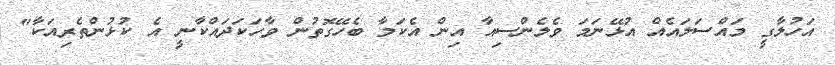
އަހުލާގީ މައްސަލައެއް އުޅޭނަމަ ވެލެންސިއާ އިން އެކަމާ ބެހޭގޮތުން ވާހަކަދައްކާނީ އެ ކުޅުންތެރިއަކާ"